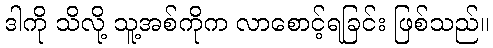
ဒါကို သိလို့ သူ့အစ်ကိုက လာစောင့်ရခြင်း ဖြစ်သည်။